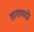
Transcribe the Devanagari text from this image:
तारापदो